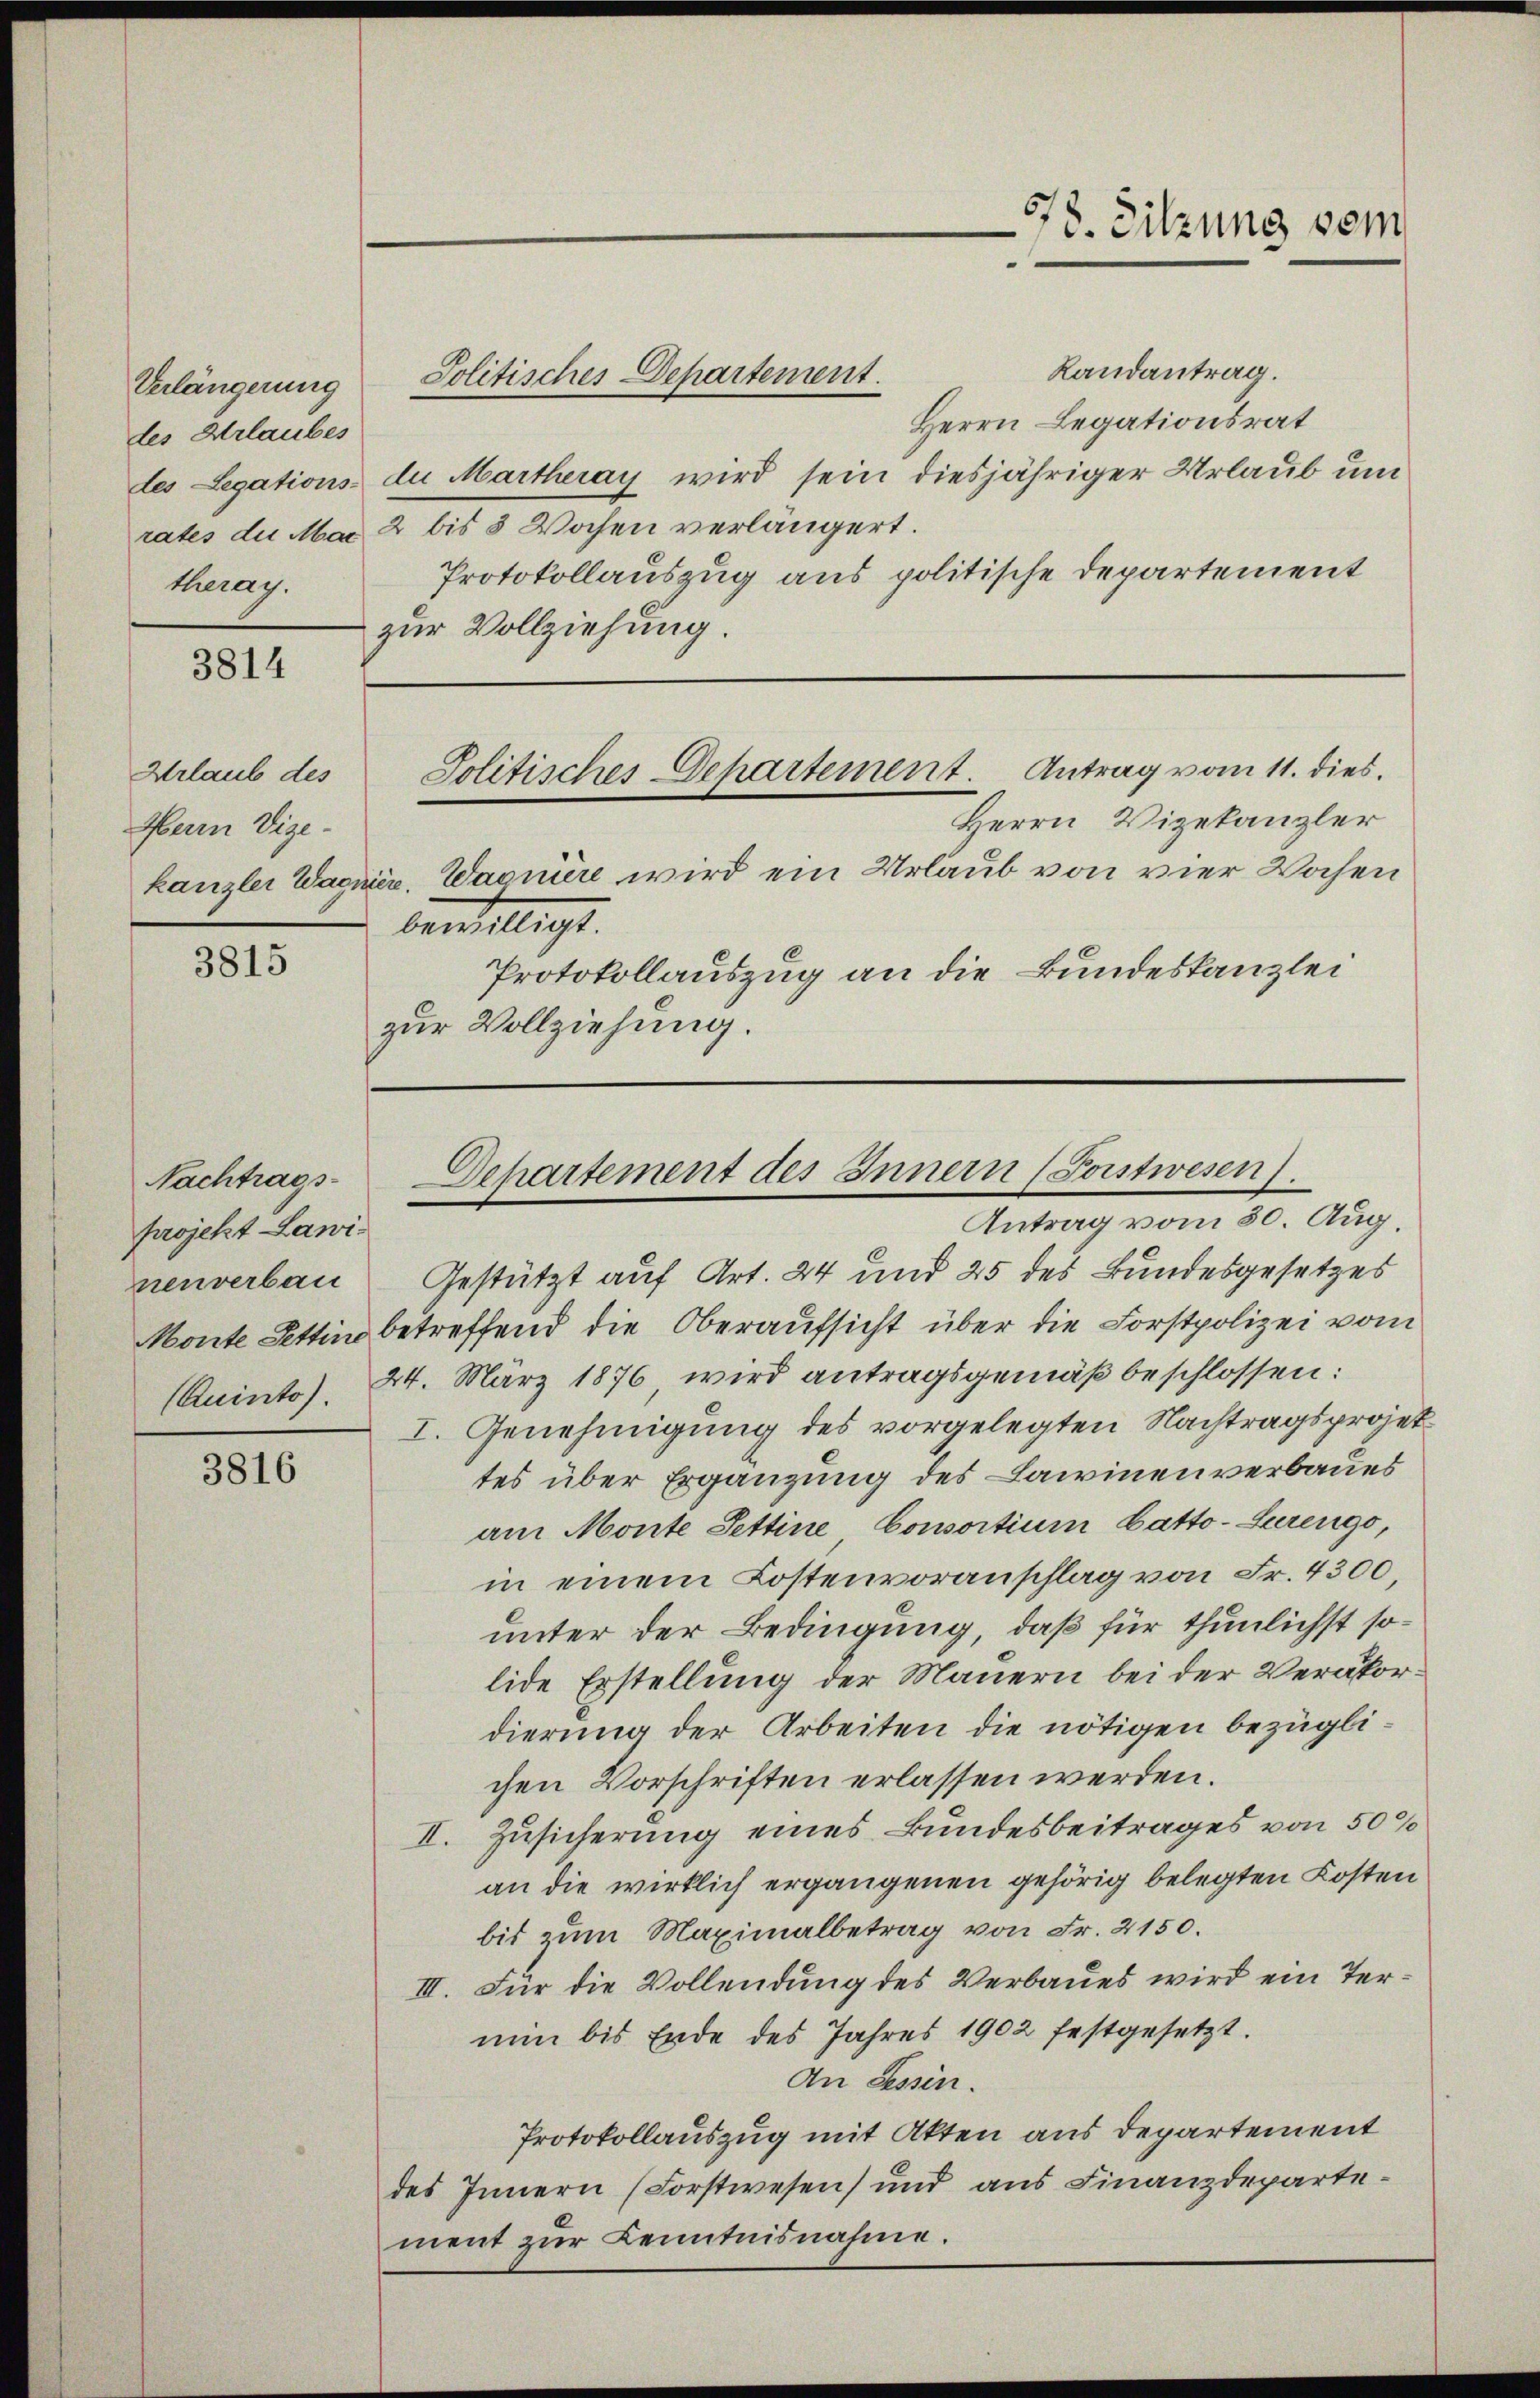
Verlängerung
des Urlaubes
theray.

3814

Urlaub des
Herrn Vize-

3815

Nachtrags-
projekt Lawinenverbau

3816

Randantrag.
Politisches Departement.
Herrn Legationsrat
des Legations du Martheray wird sein diesjähriger Urlaub um
rates du Mai 2 bis 8 Wochen verlängert.
Protokollauszug aus politische Departement
zur Vollziehung.

98. Sitzung sein

Herrn Vizekanzler
kanzlei Wagner. Warnere wird ein Urlaub von vier Wochen
bewilligt.
Protokollauszug an die Bundeskanzlei
zur Vollziehung.

Politisches Departement. Antrag vom 11. dies

Departement des Innern (Postwesen.
Antrag vom 30. Aug.

Gestützt auf Art. 24 und 25 des Bundesgesetzes
Monte Pettin betreffend die Oberaufsicht über die Forstpolizei vom
(Quinto), 24. März 1876, wird antragsgemäß beschlossen:
I. Genehmigung des vorgelegten Nachtragsprojettes über Ergänzung des Lawinenverbaues
am Monte Settine Consortium batto-Surengo,
in einem Lostenvoranschlag von Fr. 4300
unter der Bedingung, daß für thunlichst solide Erstellung der Mauern bei der Veräkordierung der Arbeiten die nötigen bezüglichen Vorschriften erlassen werden.
II. Zusicherung eines Bundesbeitrages von 50%
an die wirklich ergangenen gehörig belegten Kosten
bis zum Maximalbetrag von Fr. 2150.
III. Für die Vollendung des Verbaues wird ein Ternun bis Ende des Jahres 1902 festgesetzt.
An Tessin.
Protokollauszug mit Akten aus Departement
des Innern (Forstwesen) und aus Finanzdepartement zur Kenntnisnahme.